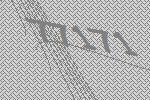
77171